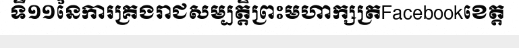
ទី១១នៃការគ្រងរាជសម្បត្តិព្រះមហាក្សត្រFacebookខេត្ត